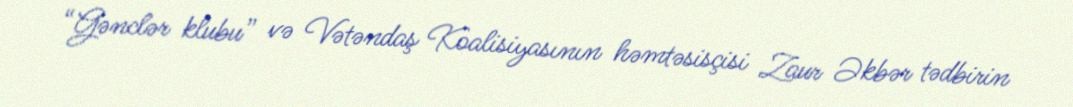
“Gənclər klubu” və Vətəndaş Koalisiyasının həmtəsisçisi Zaur Əkbər tədbirin